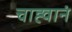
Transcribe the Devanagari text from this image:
चाह्वानं